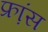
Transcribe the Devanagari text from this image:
फ्रा़ंस